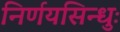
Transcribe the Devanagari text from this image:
निर्णयसिन्धुः